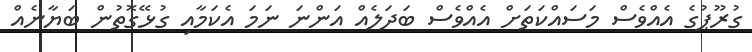
ގުރޫޕުގެ އެއްވެސް މަސައްކަތަށް އެއްވެސް ބަދަލެއް އަންނަ ނަމަ އެކަމާއި ގުޅޭގޮތުން ބަޔާނެއް